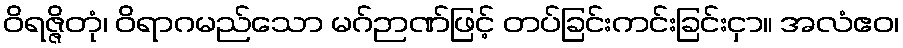
ဝိရဇ္ဇိတုံ၊ ဝိရာဂမည်သော မဂ်ဉာဏ်ဖြင့် တပ်ခြင်းကင်းခြင်းငှာ။ အလံဧဝ၊